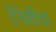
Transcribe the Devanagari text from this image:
टेनेसीचा